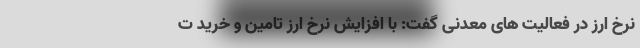
نرخ ارز در فعالیت های معدنی گفت: با افزایش نرخ ارز تامین و خرید ت